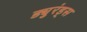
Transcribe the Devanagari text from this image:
ड्युरंड्स